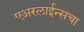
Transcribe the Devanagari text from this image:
एअरलाईन्सचा